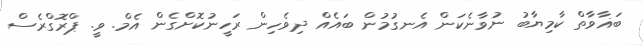
ބަޣާވާތް ކާމިޔާބު ނުވާނެކަން އެނގުމުން ބައެއް ދިވެހިން ރަހީނުކޮށްގެން އެމް. ވީ. ޕްރޮގްރެސް